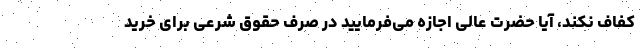
کفاف نکند، آیا حضرت عالی اجازه می‌فرمایید در صرف حقوق شرعی برای خرید